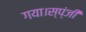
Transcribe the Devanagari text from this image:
गया।स्प्ंजी